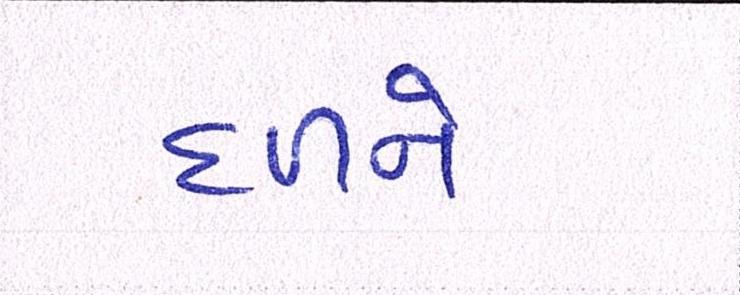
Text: દળને